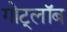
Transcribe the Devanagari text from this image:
गोट्लॉब